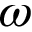
\omega